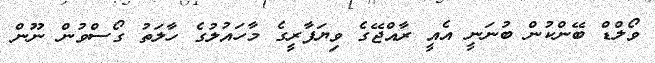
ވޯލްޑް ބޭންކުން ބުނަނީ އެއީ ރާއްޖޭގެ ވިޔަފާރީގެ މާހައުލުގެ ހާލަތު ގޯސްވުން ނޫން